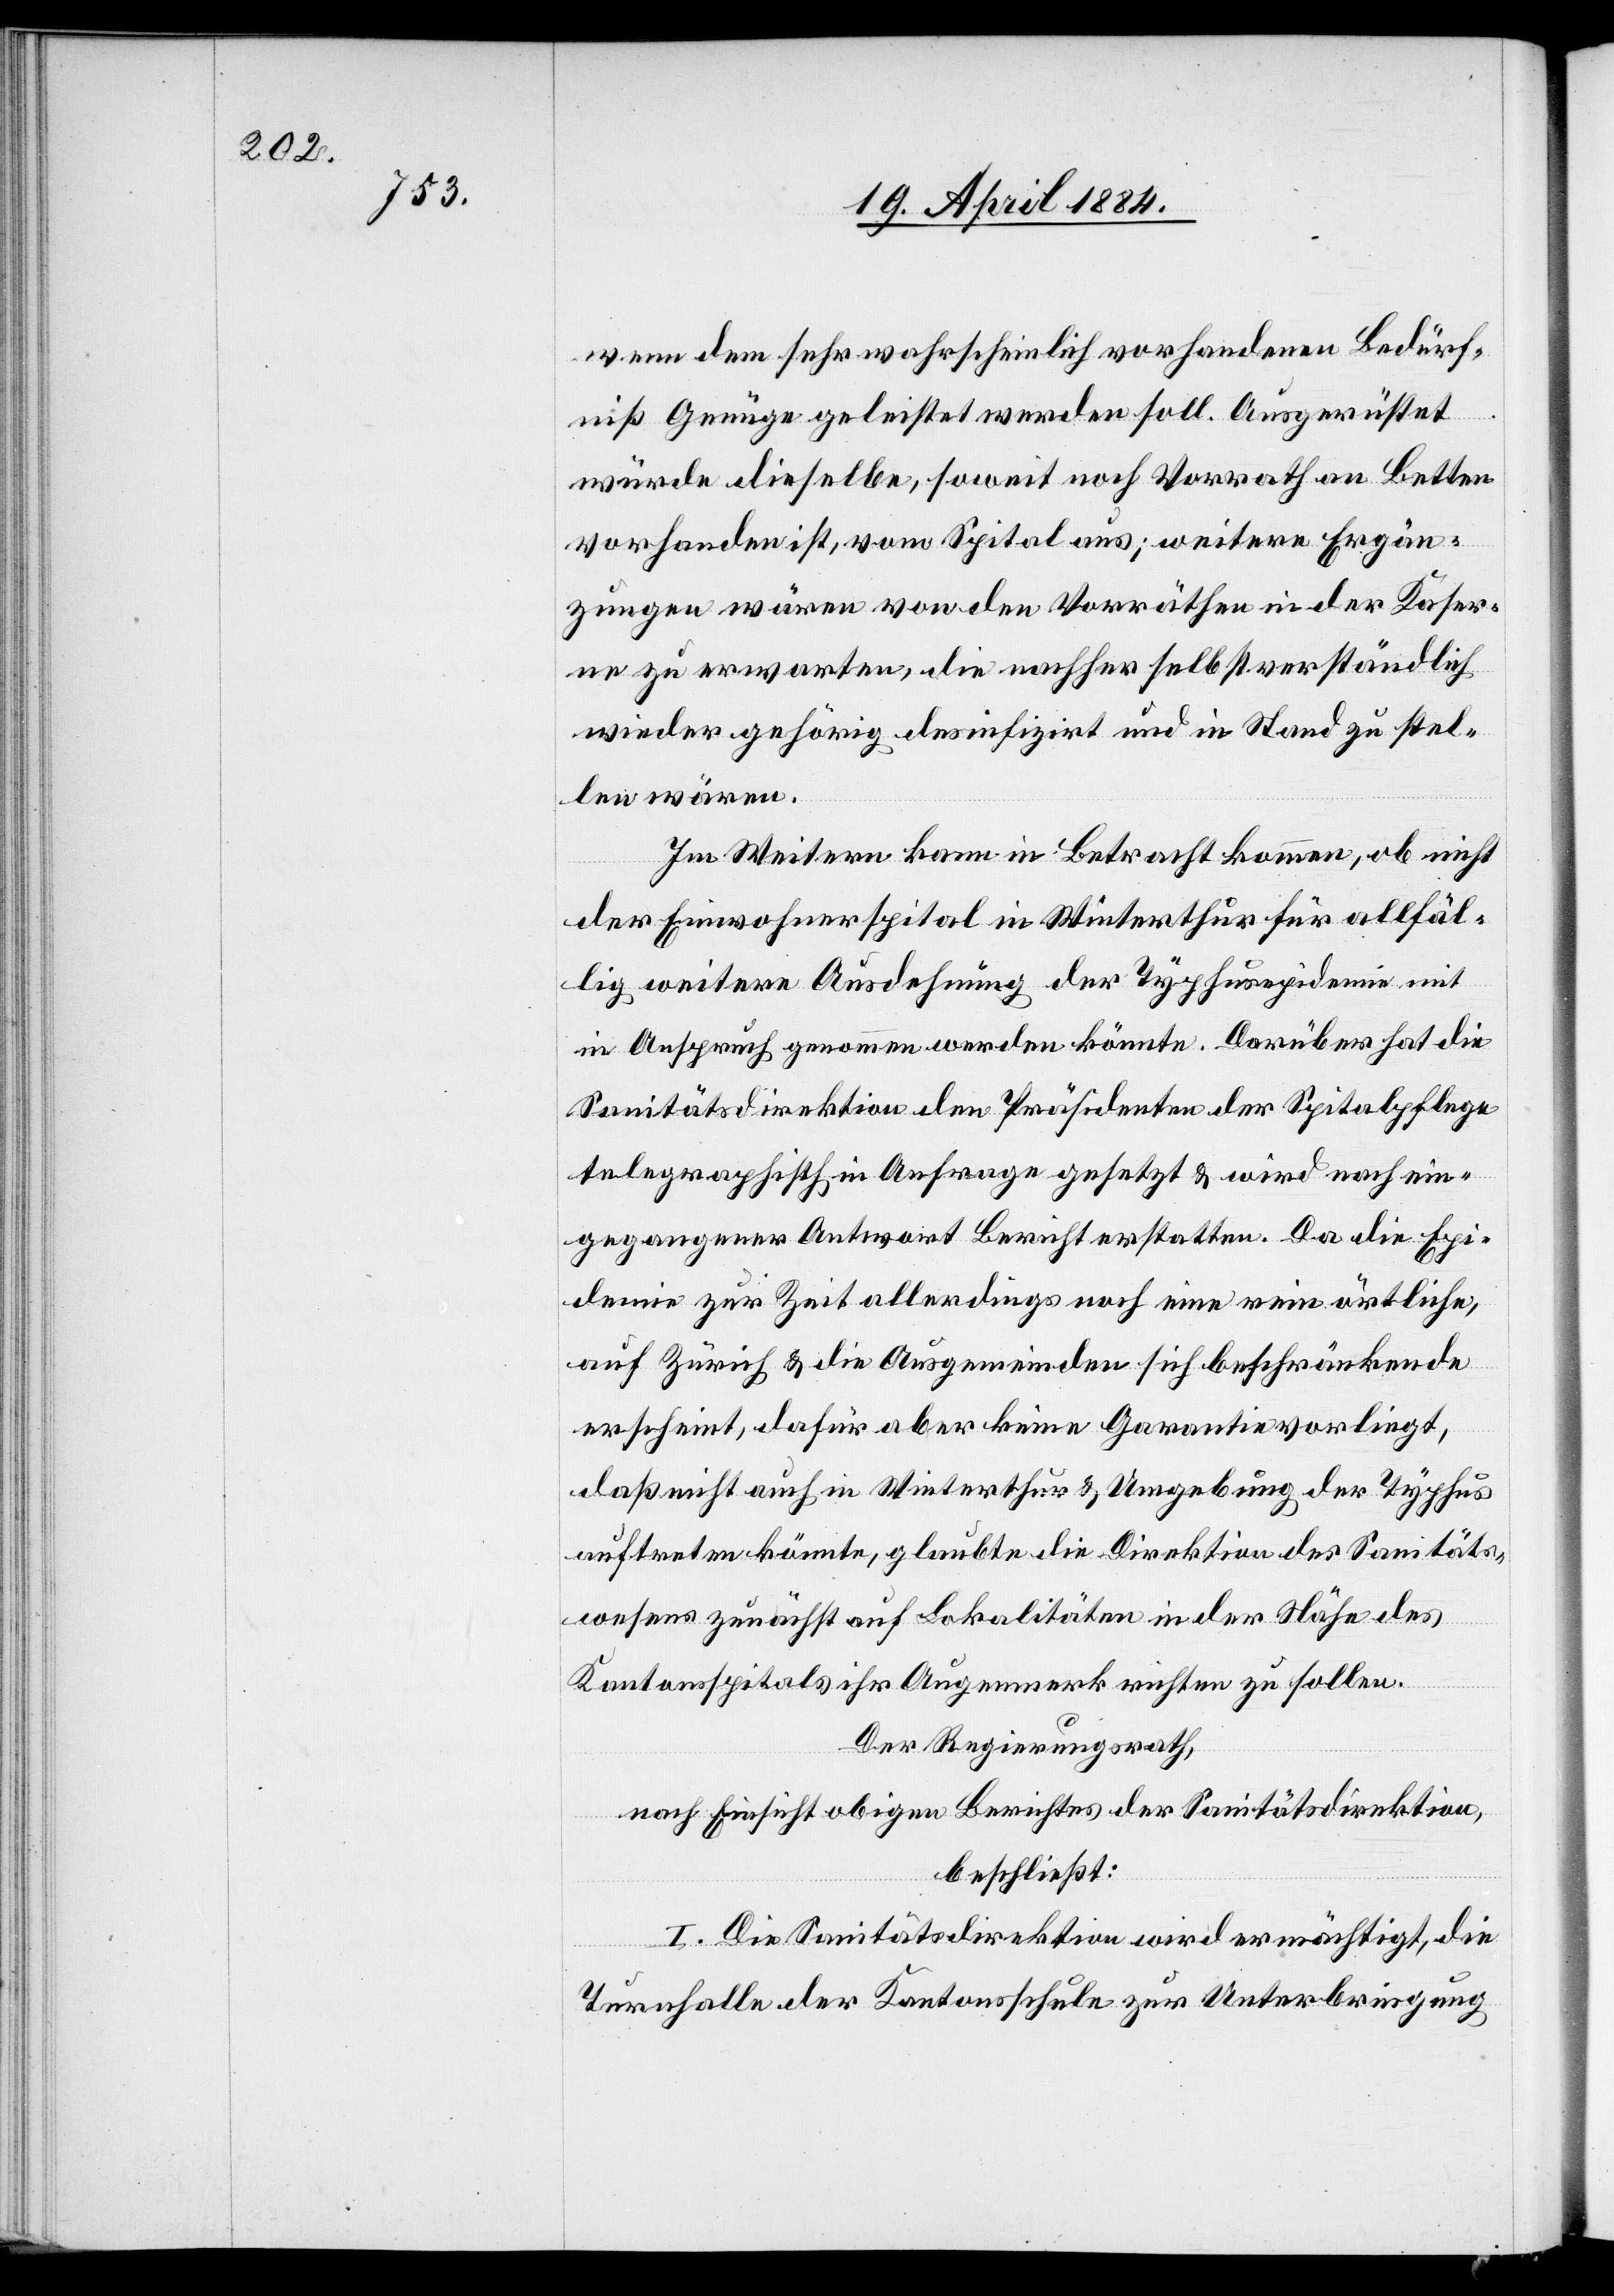
wenn dem sehr wahrscheinlich vorhandenen Bedürf¬
niß Genüge geleistet werden soll. Ausgerüstet
würde dieselbe, soweit noch Vorrath an Betten
vorhanden ist, vom Spital aus; weitere Ergän¬
zungen wären von den Vorräthen in der Kaser¬
ne zu erwarten, die nachher selbstverständlich
wieder gehörig desinfizirt und in Stand zu stel¬
len wären.
Im Weitern kann in Betracht kommen, ob nicht
der Einwohnerspital in Winterthur für allfäl¬
lig weitere Ausdehnung der Typhusepidemie mit
in Anspruch genommen werden könnte. Darüber hat die
Sanitätsdirektion den Präsidenten der Spitalpflege
telegraphisch in Anfrage gesetzt & wird nach ein¬
gegangener Antwort Bericht erstatten. Da die Epi¬
demie zur Zeit allerdings noch eine rein örtliche,
auf Zürich & die Ausgemeinden sich beschränkende
erscheint, dafür aber keine Garantie vorliegt,
daß nicht auch in Winterthur & Umgebung der Typhus
auftreten könnte, glaubte die Direktion des Sanitäts¬
wesens zunächst auf Lokalitäten in der Nähe des
Kantonsspitals ihr Augenmerk richten zu sollen.
Der Regierungsrath,
nach Einsicht obigen Berichtes der Sanitätsdirektion,
beschließt:
I. Die Sanitätsdirektion wird ermächtigt, die
Turnhalle der Kantonsschule zur Unterbringung